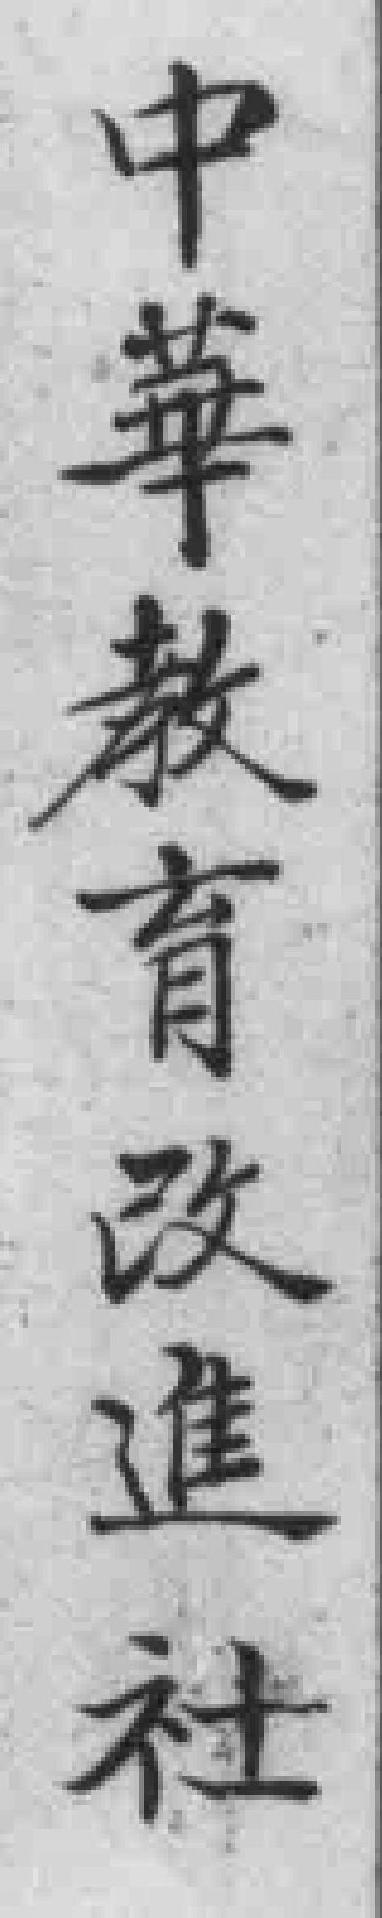
中華教育改進社